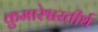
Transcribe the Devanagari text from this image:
कुमारेश्वरतीर्थ